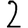
Digit: 2